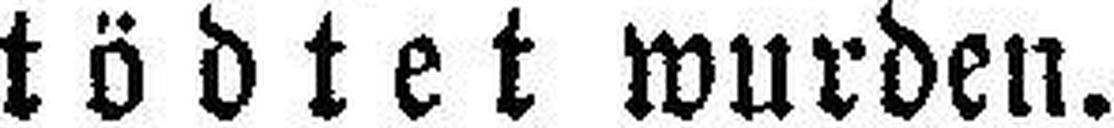
tödtet wurden.